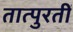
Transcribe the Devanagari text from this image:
तात्पुरतीं